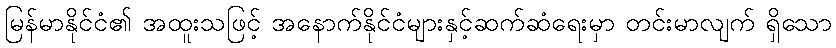
မြန်မာနိုင်ငံ၏ အထူးသဖြင့် အနောက်နိုင်ငံများနှင့်ဆက်ဆံရေးမှာ တင်းမာလျက် ရှိသော